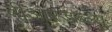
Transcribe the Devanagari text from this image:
बीआरडब्ल्यू